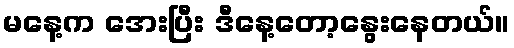
မနေ့က အေးပြီး ဒီနေ့တော့နွေးနေတယ်။